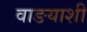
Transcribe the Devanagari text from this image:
वाङयाशीं